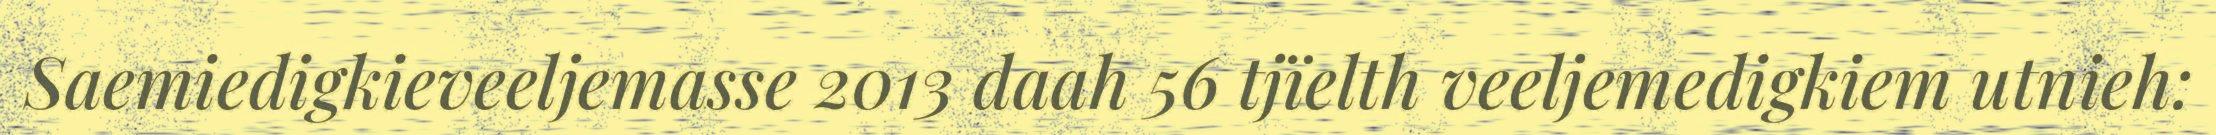
Saemiedigkieveeljemasse 2013 daah 56 tjïelth veeljemedigkiem utnieh: